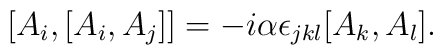
[A_{i},[A_{i},A_{j}]] =-i\alpha\epsilon_{jkl}[A_{k},A_{l}].